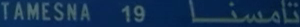
TAMESNA 19